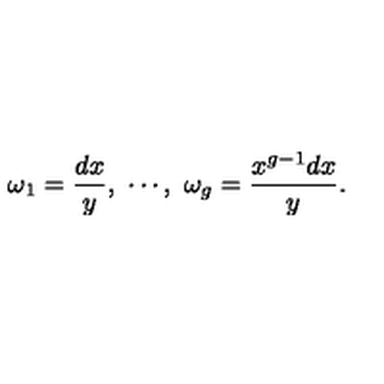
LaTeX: \omega _ { 1 } = \frac { d x } { y } , \ \cdots , \ \omega _ { g } = \frac { x ^ { g - 1 } d x } { y } .